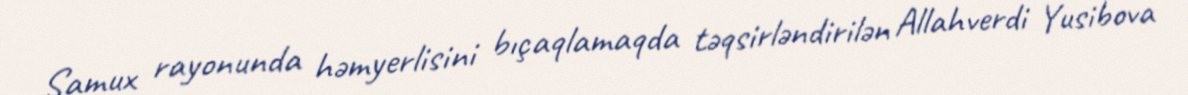
Samux rayonunda həmyerlisini bıçaqlamaqda təqsirləndirilən Allahverdi Yusibova